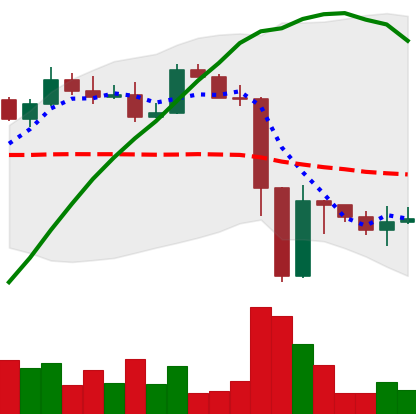
Ticker: ETH-USD
Chart end date: 2022-11-15
Forward return: -8.729%
Label: down_7plus